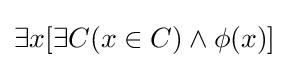
\exists x[\exists C(x\in C)\land \phi (x)]